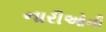
નારીઓની